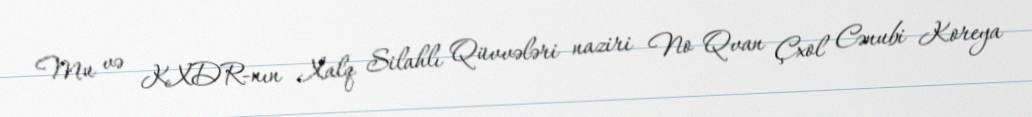
Mu və KXDR-nın Xalq Silahlı Qüvvələri naziri No Qvan Çxol Cənubi Koreya